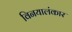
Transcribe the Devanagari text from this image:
विनयालंकार